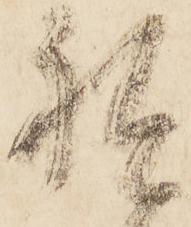
祗